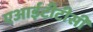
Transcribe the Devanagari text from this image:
एआईटीटीसी